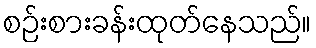
စဉ်းစားခန်းထုတ်နေသည်။